Regulations for the medical services of the Army of India
Year: 1930
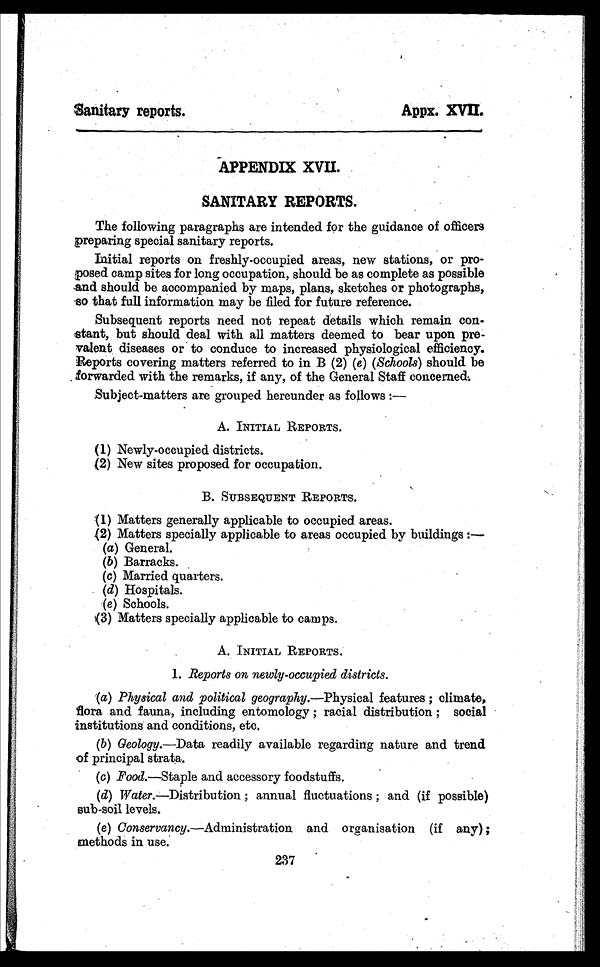
Sanitary reports.
Appx. XVII.
APPENDIX XVII.
SANITARY REPORTS.
The following paragraphs are intended for the guidance of officers
preparing special sanitary reports.
Initial reports on freshly-occupied areas, new stations, or pro-
posed camp sites for long occupation, should be as complete as possible
and should be accompanied by maps, plans, sketches or photographs,
so that full information may be filed for future reference.
Subsequent reports need not repeat details which remain con-
stant, but should deal with all matters deemed to bear upon pre-
valent diseases or to conduce to increased physiological efficiency.
Reports covering matters referred to in B (2) ( e) (Schools) should be
forwarded with the remarks, if any, of the General Staff concerned.
Subject-matters are grouped hereunder as follows :
—
A. INITIAL REPORTS.
(1) Newly-occupied districts.
(2) New sites proposed for occupation.
B. SUBSEQUENT REPORTS.
(1) Matters generally applicable to occupied areas.
(2) Matters specially applicable to areas occupied by buildings
(a) General.
(b) Barracks.
(c) Married quarters.
(d) Hospitals.
(e) Schools.
(3) Matters specially applicable to camps.
A. INITIAL REPORTS.
1. Reports on newly-occupied districts.
(a) Physical and political geography.—Physical features ; climate,
flora and fauna, including entomology ; racial distribution ; social
institutions and conditions, etc.
(b) Geology.—Data readily available regarding nature and trend
of principal strata..
(c) Food.—Staple and accessory foodstuffs.
(d) Water.—Distribution ; annual fluctuations ; and (if possible)
sub-soil levels.
(e) Conservancy.—Administration and organisation (if any) ;
methods in use.
237